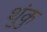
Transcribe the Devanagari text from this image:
थुंकु